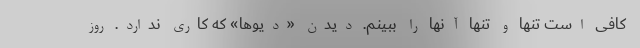
کافی است تنها و تنها آنها را ببینم. دیدن «دیوها» که کاری ندارد. روز